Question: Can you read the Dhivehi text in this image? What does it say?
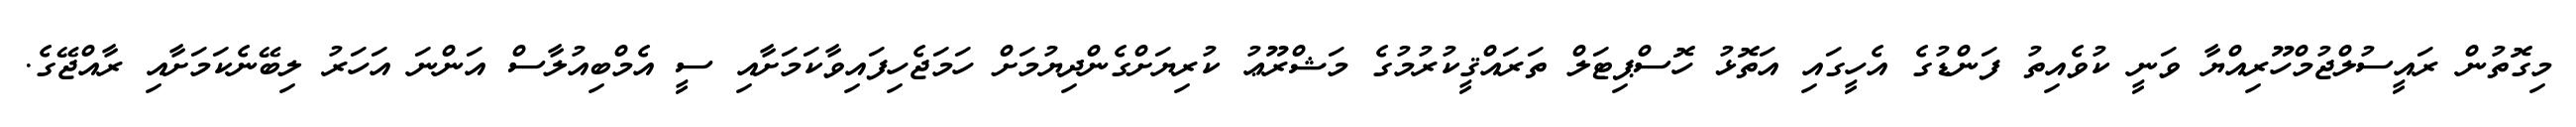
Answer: މިގޮތުން ރައީސުލްޖުމްހޫރިއްޔާ ވަނީ ކުވެއިތު ފަންޑުގެ އެހީގައި އަތޮޅު ހޮސްޕިޓަލް ތަރައްޤީކުރުމުގެ މަޝްރޫޢު ކުރިޔަށްގެންދިޔުމަށް ހަމަޖެހިފައިވާކަމަށާއި ސީ އެމްބިއުލާސް އަންނަ އަހަރު ލިބޭނެކަމަށާއި ރާއްޖޭގެ.